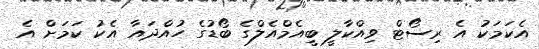
އެކަމަކު އެ ރިސޯޓް ވިއްކާލީ ބީއެމްއެލްގެ ބޯޑުގެ ހުއްދައާ އެކު ކަމަށް އެ